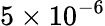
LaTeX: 5\times 10^{-6}